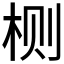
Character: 𱣐